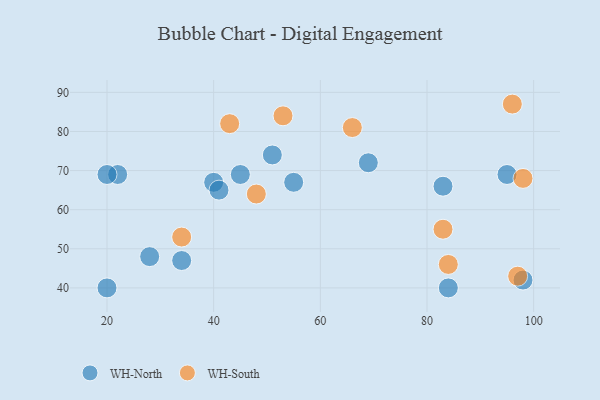
{"axis": {"x": "GDP", "y": "Life Expectancy"}, "legend": ["WH-North", "WH-South"], "data": [{"x": "98", "y": 42, "type": "WH-North"}, {"x": "22", "y": 69, "type": "WH-North"}, {"x": "34", "y": 47, "type": "WH-North"}, {"x": "20", "y": 69, "type": "WH-North"}, {"x": "51", "y": 74, "type": "WH-North"}, {"x": "69", "y": 72, "type": "WH-North"}, {"x": "28", "y": 48, "type": "WH-North"}, {"x": "83", "y": 66, "type": "WH-North"}, {"x": "95", "y": 69, "type": "WH-North"}, {"x": "40", "y": 67, "type": "WH-North"}, {"x": "55", "y": 67, "type": "WH-North"}, {"x": "20", "y": 40, "type": "WH-North"}, {"x": "45", "y": 69, "type": "WH-North"}, {"x": "41", "y": 65, "type": "WH-North"}, {"x": "84", "y": 40, "type": "WH-North"}, {"x": "66", "y": 81, "type": "WH-South"}, {"x": "97", "y": 43, "type": "WH-South"}, {"x": "98", "y": 68, "type": "WH-South"}, {"x": "48", "y": 64, "type": "WH-South"}, {"x": "83", "y": 55, "type": "WH-South"}, {"x": "34", "y": 53, "type": "WH-South"}, {"x": "84", "y": 46, "type": "WH-South"}, {"x": "53", "y": 84, "type": "WH-South"}, {"x": "43", "y": 82, "type": "WH-South"}, {"x": "96", "y": 87, "type": "WH-South"}]}